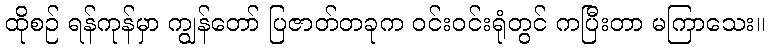
ထိုစဉ် ရန်ကုန်မှာ ကျွန်တော် ပြဇာတ်တခုက ဝင်းဝင်းရုံတွင် ကပြီးတာ မကြာသေး။